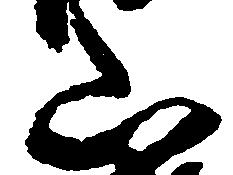
山